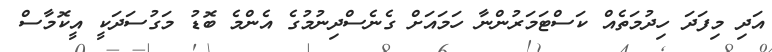
އަދި މިފަދަ ހިދުމަތެއް ކަސްޓަމަރުންނާ ހަމައަށް ގެނެސްދިނުމުގެ އެންމެ ބޮޑު މަގުސަދަކީ އީކޮމާސް